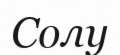
Солу